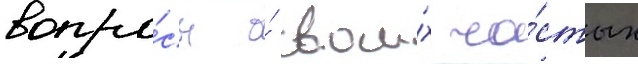
вопро́сы о́ свои́х ча́стых